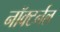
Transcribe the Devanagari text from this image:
नॉक्टर्नल